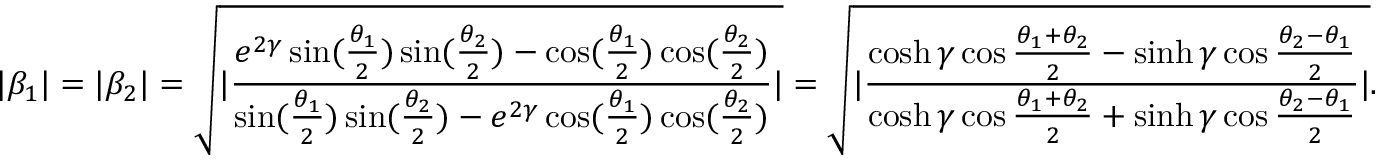
| \beta _ { 1 } | = | \beta _ { 2 } | = \sqrt { | \frac { e ^ { 2 \gamma } \sin ( \frac { \theta _ { 1 } } { 2 } ) \sin ( \frac { \theta _ { 2 } } { 2 } ) - \cos ( \frac { \theta _ { 1 } } { 2 } ) \cos ( \frac { \theta _ { 2 } } { 2 } ) } { \sin ( \frac { \theta _ { 1 } } { 2 } ) \sin ( \frac { \theta _ { 2 } } { 2 } ) - e ^ { 2 \gamma } \cos ( \frac { \theta _ { 1 } } { 2 } ) \cos ( \frac { \theta _ { 2 } } { 2 } ) } | } = \sqrt { | \frac { \cosh \gamma \cos \frac { \theta _ { 1 } + \theta _ { 2 } } { 2 } - \sinh \gamma \cos \frac { \theta _ { 2 } - \theta _ { 1 } } { 2 } } { \cosh \gamma \cos \frac { \theta _ { 1 } + \theta _ { 2 } } { 2 } + \sinh \gamma \cos \frac { \theta _ { 2 } - \theta _ { 1 } } { 2 } } | } .